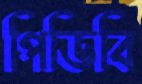
পিডিবি